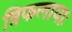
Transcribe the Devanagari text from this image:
त्रिफलायाः